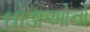
ઘોડાઓનો